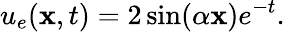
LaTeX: u_{e}(\mathbf{x},t)=2\sin(\alpha\mathbf{x})e^{-t}.